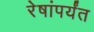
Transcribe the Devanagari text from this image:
रेषांपर्यंत